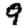
Digit: 9